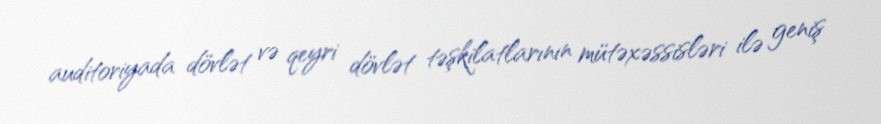
auditoriyada dövlət və qeyri dövlət təşkilatlarının mütəxəssisləri ilə geniş